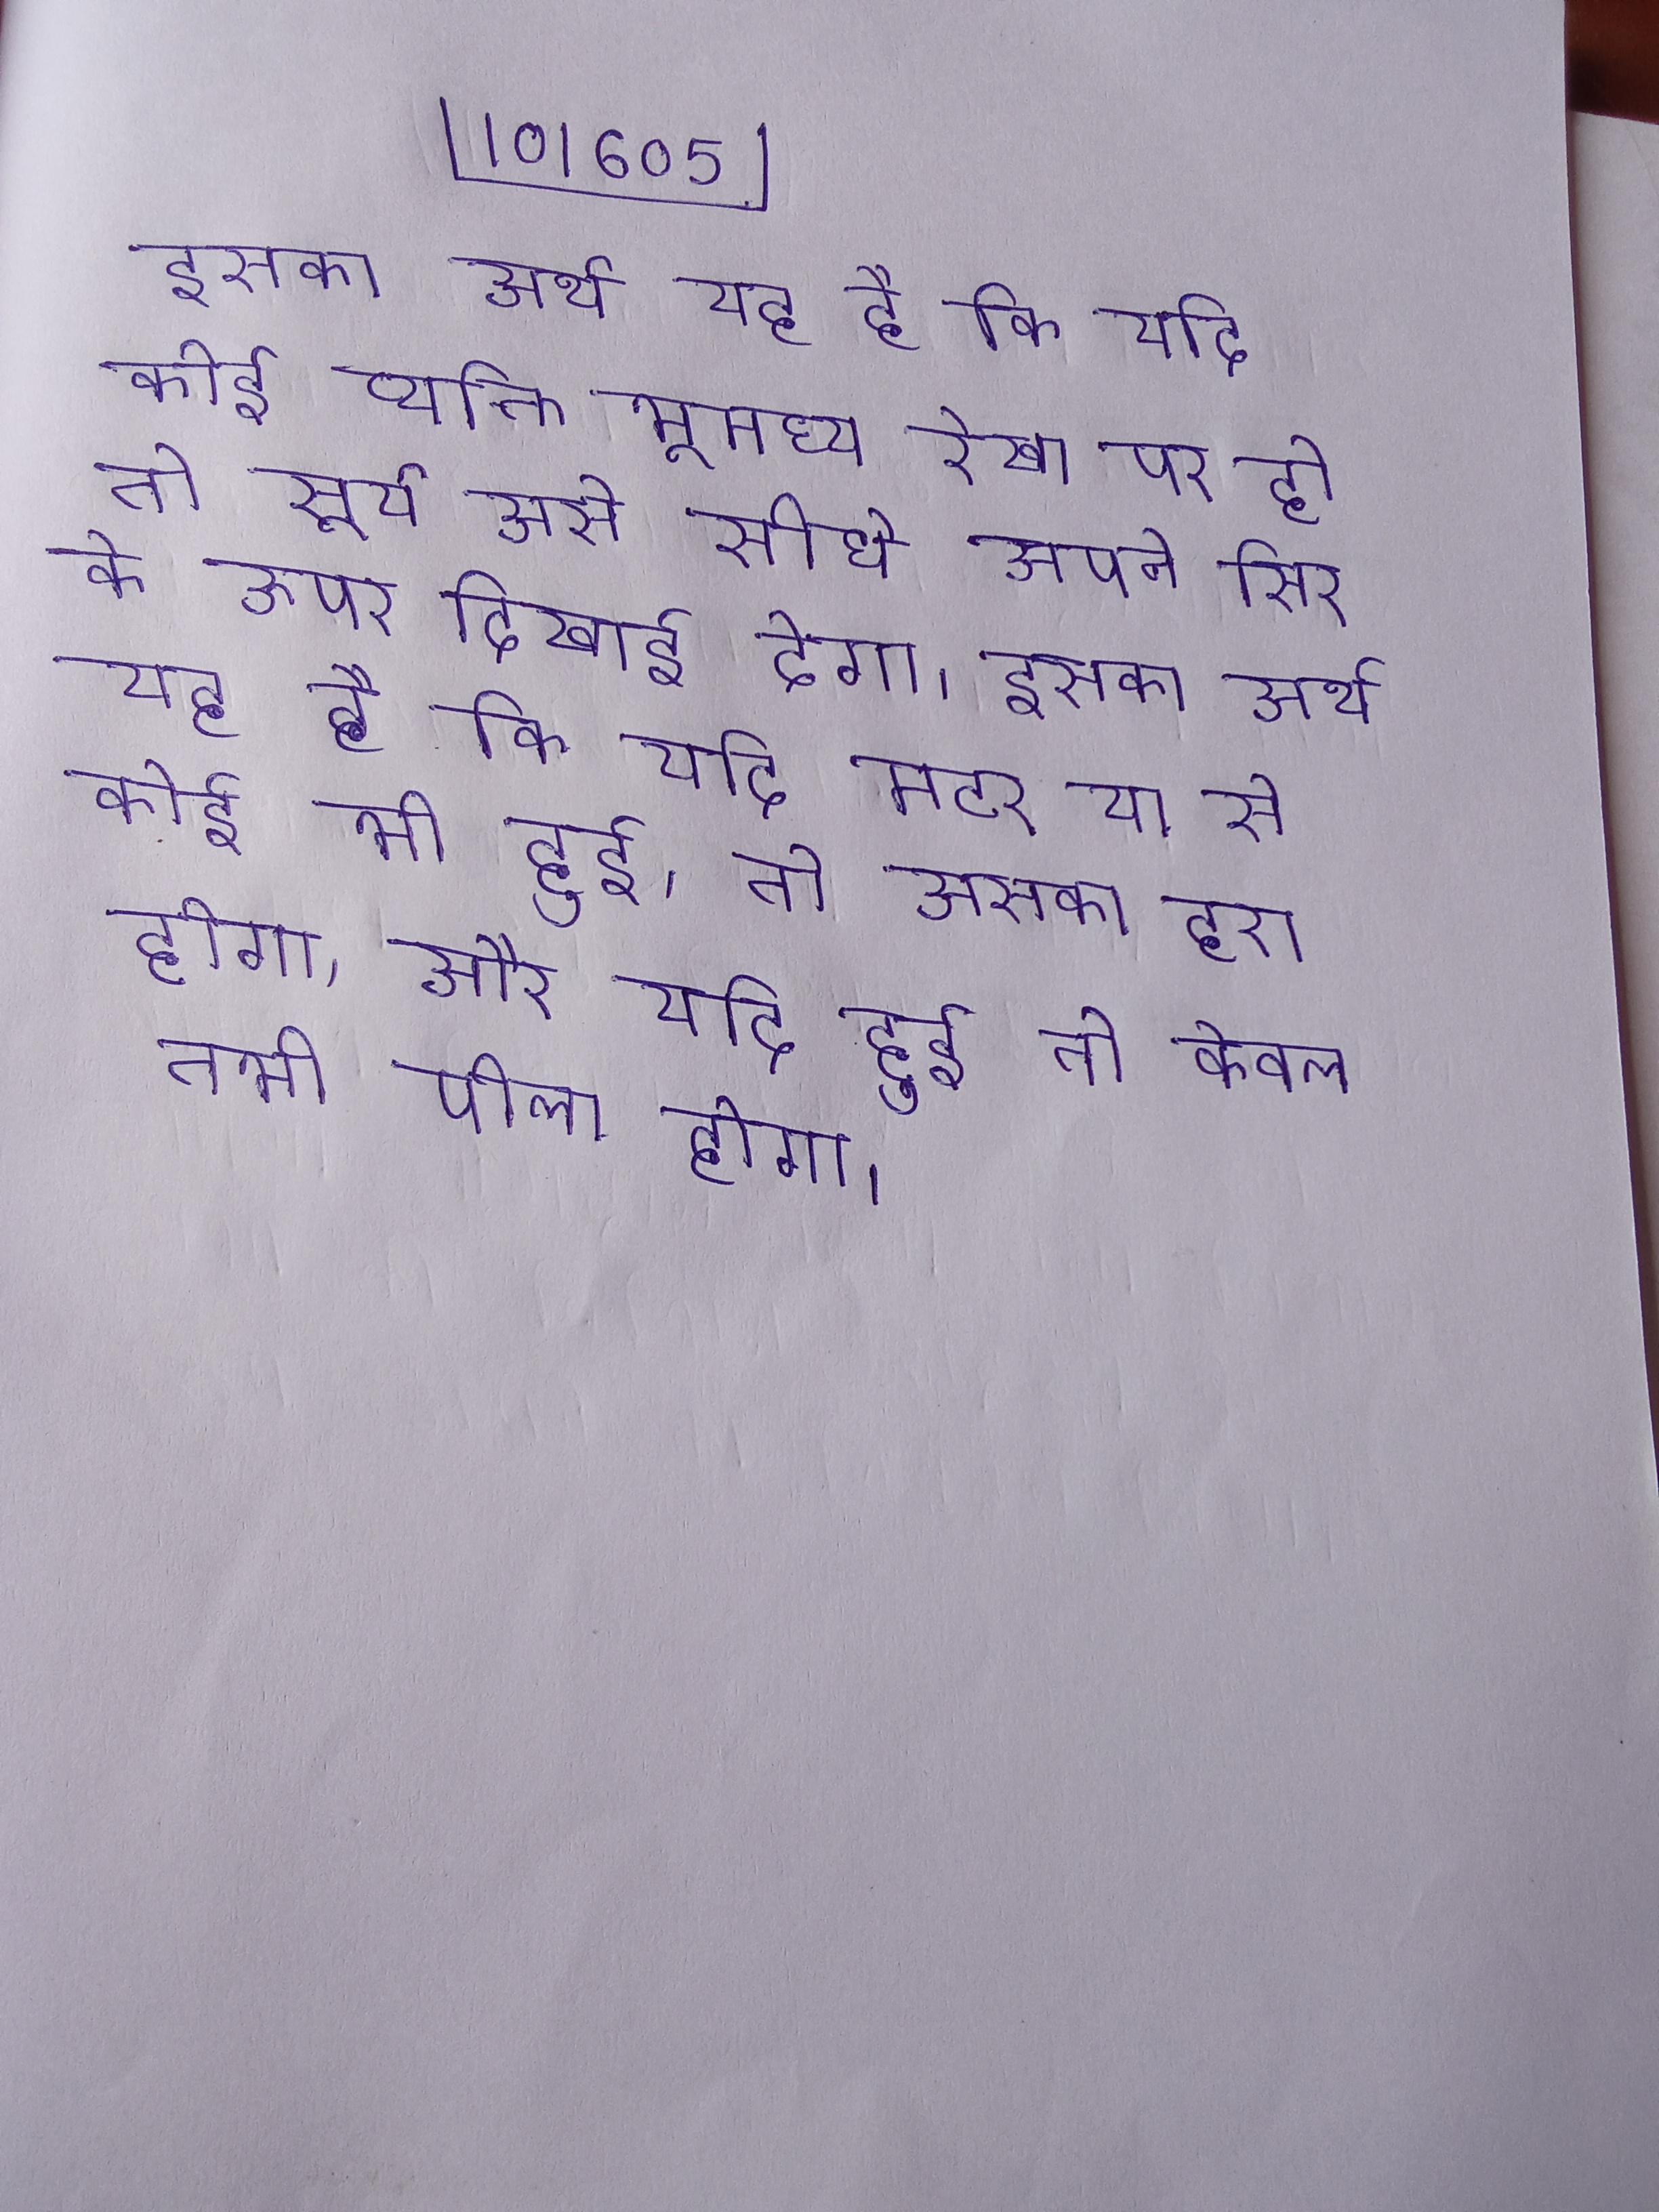
इसका अर्थ यह है कि यदि कोई व्यक्ति भूमध्य रेखा पर हो तो सूर्य उसे सीधे अपने सिर के ऊपर दिखाई देगा । इसका अर्थ यह है कि यदि मटर या से कोई भी हुई, तो उसका हरा होगा; और यदि हुई तो केवल तभी पीला होगा ।